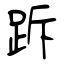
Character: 跅